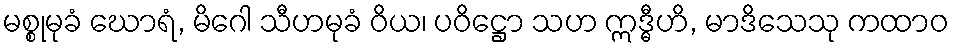
မစ္စုမုခံ ဃောရံ, မိဂေါ သီဟမုခံ ဝိယ၊ ပဝိဋ္ဌော သဟ ဣဒ္ဓီဟိ, မာဒိသေသု ကထာဝ